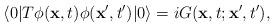
LaTeX: \begin{align*}\langle 0|T\phi({\bf x},t)\phi({\bf x'},t')|0\rangle=iG({\bf x},t;{\bf x}',t'),\end{align*}